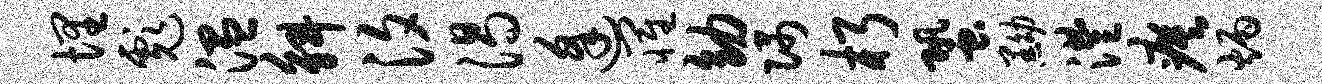
埋彪温斛汐渴逢罹幼隅朽蛩黝澧瘼炳